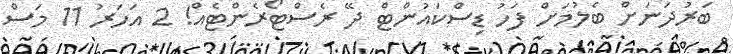
ބަރުދަނަށް ބެލުމަށް ފަހު ޑިސްކައުންޓް ދޭ ރެސްޓޯރެންޓެއް! 2 އަހަރު 11 މަސް